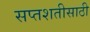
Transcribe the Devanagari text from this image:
सप्तशतीसाठी